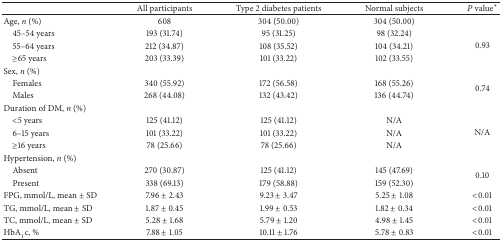
<table><thead><tr><td><b> </b></td><td><b>All participants</b></td><td><b>Type 2 diabetes patients</b></td><td><b>Normal subjects</b></td><td><b><i>P</i> value<sup><i>∗</i></sup></b></td></tr></thead><tbody><tr><td>Age, <i>n</i> (%)</td><td>608</td><td>304 (50.00)</td><td>304 (50.00)</td><td> </td></tr><tr><td> 45–54 years</td><td>193 (31.74)</td><td>95 (31.25)</td><td>98 (32.24)</td><td rowspan="3">0.93</td></tr><tr><td> 55–64 years</td><td>212 (34.87)</td><td>108 (35.52)</td><td>104 (34.21)</td></tr><tr><td> ≥65 years</td><td>203 (33.39)</td><td>101 (33.22)</td><td>102 (33.55)</td></tr><tr><td>Sex, <i>n</i> (%)</td><td> </td><td> </td><td> </td><td> </td></tr><tr><td> Females </td><td>340 (55.92)</td><td>172 (56.58)</td><td>168 (55.26)</td><td rowspan="2">0.74</td></tr><tr><td> Males </td><td>268 (44.08)</td><td>132 (43.42)</td><td>136 (44.74)</td></tr><tr><td>Duration of DM, <i>n</i> (%)</td><td> </td><td> </td><td> </td><td> </td></tr><tr><td> &lt;5 years</td><td>125 (41.12)</td><td>125 (41.12)</td><td>N/A</td><td rowspan="3">N/A</td></tr><tr><td> 6–15 years</td><td>101 (33.22)</td><td>101 (33.22)</td><td>N/A</td></tr><tr><td> ≥16 years</td><td>78 (25.66)</td><td>78 (25.66)</td><td>N/A</td></tr><tr><td>Hypertension, <i>n</i> (%)</td><td> </td><td> </td><td> </td><td> </td></tr><tr><td> Absent</td><td>270 (30.87)</td><td>125 (41.12)</td><td>145 (47.69)</td><td rowspan="2">0.10</td></tr><tr><td> Present</td><td>338 (69.13)</td><td>179 (58.88)</td><td>159 (52.30)</td></tr><tr><td>FPG, mmol/L, mean ± SD</td><td>7.96 ± 2.43</td><td>9.23 ± 3.47</td><td>5.25 ± 1.08</td><td>&lt;0.01</td></tr><tr><td>TG, mmol/L, mean ± SD</td><td>1.87 ± 0.45</td><td>1.99 ± 0.53</td><td>1.82 ± 0.34</td><td>&lt;0.01</td></tr><tr><td>TC, mmol/L, mean ± SD</td><td>5.28 ± 1.68</td><td>5.79 ± 1.20</td><td>4.98 ± 1.45</td><td>&lt;0.01</td></tr><tr><td>HbA<sub>1</sub>c, %</td><td>7.88 ± 1.05</td><td>10.11 ± 1.76</td><td>5.78 ± 0.83</td><td>&lt;0.01</td></tr></tbody></table>